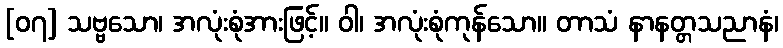
[၀၇] သဗ္ဗသော၊ အလုံးစုံအားဖြင့်။ ဝါ၊ အလုံးစုံကုန်သော။ တာသံ နာနတ္တသညာနံ၊